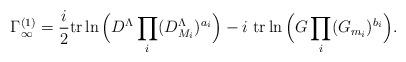
LaTeX: \begin{align*}\Gamma^{(1)}_\infty =\frac{i}{2} \mbox{tr}\ln \Big(D^\Lambda \prod\limits_i (D_{M_i}^\Lambda)^{a_i}\Big)-i\ \mbox{tr} \ln \Big(G \prod\limits_i (G_{m_i})^{b_i}\Big).\end{align*}